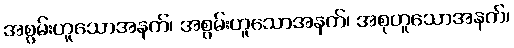
အစွမ်းဟူသောအနက်၊ အစွမ်းဟူသောအနက်၊ အစုဟူသောအနက်၊